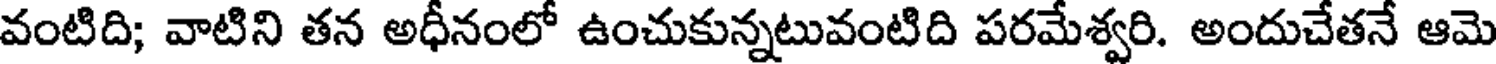
వంటిది; వాటిని తన అధీనంలో ఉంచుకున్నటువంటిది పరమేశ్వరి. అందుచేతనే ఆమె